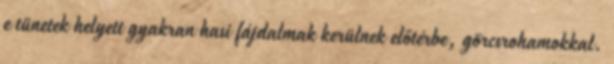
e tünetek helyett gyakran hasi fájdalmak kerülnek előtérbe, görcsrohamokkal.